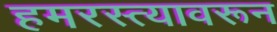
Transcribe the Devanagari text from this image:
हमरस्त्यावरून